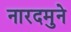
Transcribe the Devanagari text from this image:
नारदमुने